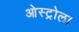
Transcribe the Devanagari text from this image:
ओस्ट्रोला